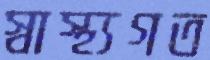
স্বাস্থ্যগত